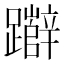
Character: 𮜧